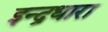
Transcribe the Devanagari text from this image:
इन्द्रधारा